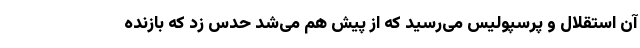
آن استقلال و پرسپولیس می‌رسید که از پیش هم می‌شد حدس زد که بازنده